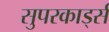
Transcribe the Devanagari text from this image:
सुपरकार्ड्स